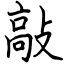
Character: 敲